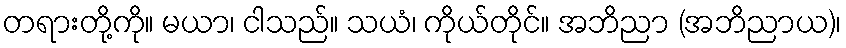
တရားတို့ကို။ မယာ၊ ငါသည်။ သယံ၊ ကိုယ်တိုင်။ အဘိညာ (အဘိညာယ)၊